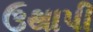
ઉથાપી